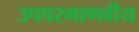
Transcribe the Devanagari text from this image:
उपपरमाणवीय